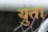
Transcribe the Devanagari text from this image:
युता